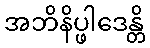
အဘိနိပ္ဖါဒေန္တိ